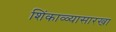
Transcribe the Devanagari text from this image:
शिंकाळ्यासारखा